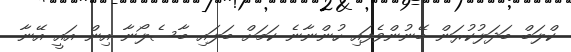
ކްލަބް ބަދަލުކުރަން ބޭނުންވެފައި ހުންނާނެ ކަމަށް ބަލައި ބާސެލޯނާ އިން އައީ އޭނާ